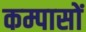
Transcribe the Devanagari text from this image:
कम्पासों